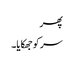
پھر
سر کو جھکایا۔